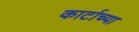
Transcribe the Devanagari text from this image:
कार्टाच्या